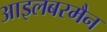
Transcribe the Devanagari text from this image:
आइलबरमैन